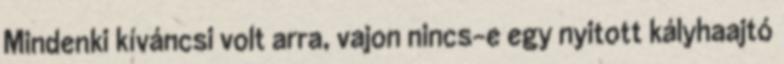
Mindenki kíváncsi volt arra, vajon nincs-e egy nyitott kályhaajtó